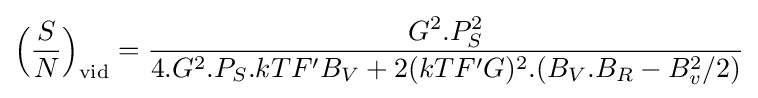
{\Big (}{\frac {S}{N}}{\Big )}_{\text{vid}}={\frac {G^{2}.P_{S}^{2}}{4.G^{2}.P_{S}.kTF'B_{V}+2(kTF'G)^{2}.(B_{V}.B_{R}-B_{v}^{2}/2)}}